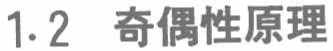
1.2 奇偶性原理